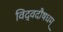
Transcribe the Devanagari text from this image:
विद्वदौषधम्